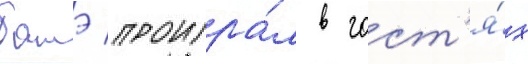
батэ проигра́л в гост'я́х